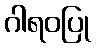
ဂါရဝပြု